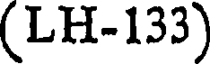
(LH-133)